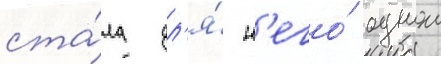
ста́ла дл'я́ н'его́ однои